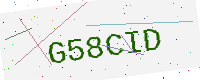
Text: G58CID